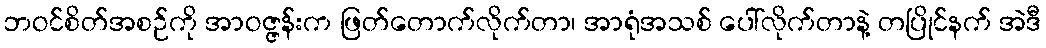
ဘဝင်စိတ်အစဉ်ကို အာဝဇ္ဇန်းက ဖြတ်တောက်လိုက်တာ၊ အာရုံအသစ် ပေါ်လိုက်တာနဲ့ တပြိုင်နက် အဲဒီ